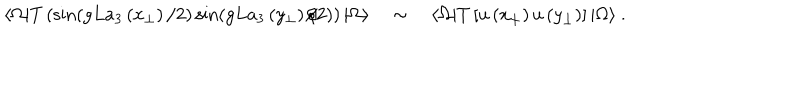
\langle \Omega | T \left( \sin ( g L a _ { 3 } \left( x _ { \perp } \right) / 2 ) \sin ( g L a _ { 3 } \left( y _ { \perp } \right) / 2 ) \right) | \Omega \rangle \quad \sim \quad \langle \Omega | T \left[ u \left( x _ { \perp } \right) u \left( y _ { \perp } \right) \right] | \Omega \rangle \ . \nonumber \,